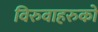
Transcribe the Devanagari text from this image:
विरुवाहरुको